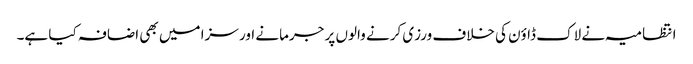
انتظامیہ نے لاک ڈاؤن کی خلاف ورزی کرنے والوں پر جرمانے اور سزا میں بھی اضافہ کیا ہے۔